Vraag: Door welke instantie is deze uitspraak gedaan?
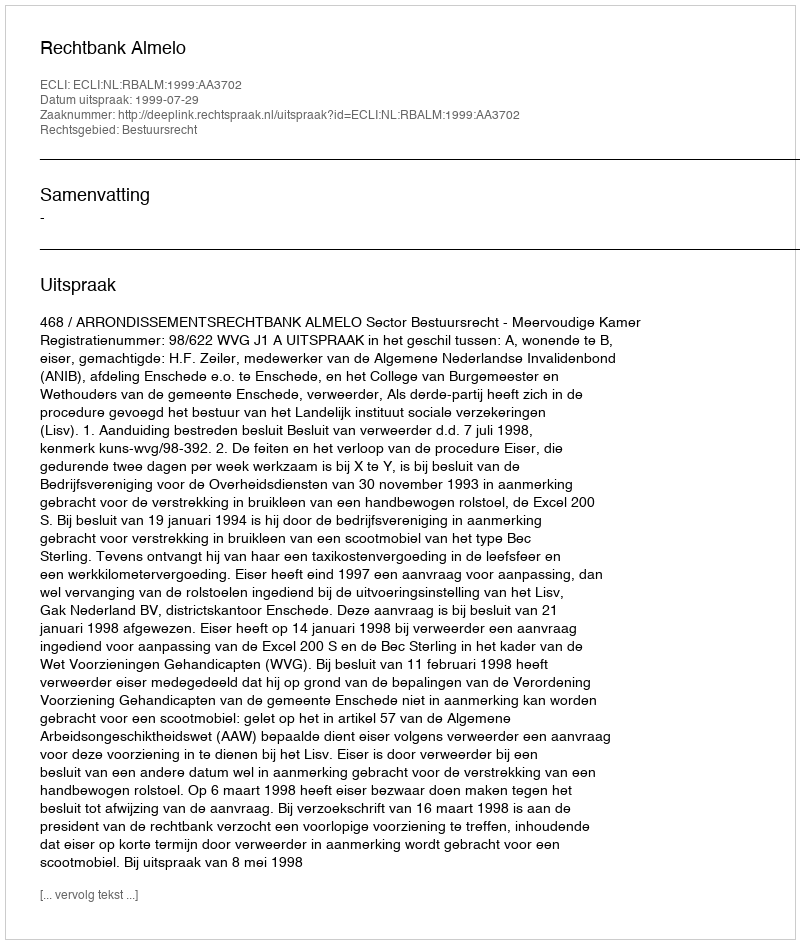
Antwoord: Rechtbank Almelo